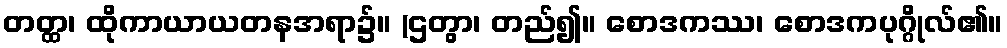
တတ္ထ၊ ထိုကာယာယတနအရာ၌။ (ဌတွာ၊ တည်၍။ စောဒကဿ၊ စောဒကပုဂ္ဂိုလ်၏။